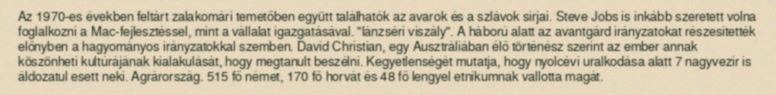
Az 1970-es években feltárt zalakomári temetőben együtt találhatók az avarok és a szlávok sírjai. Steve Jobs is inkább szeretett volna foglalkozni a Mac-fejlesztéssel, mint a vállalat igazgatásával. "lánzséri viszály". A háború alatt az avantgárd irányzatokat részesítették előnyben a hagyományos irányzatokkal szemben. David Christian, egy Ausztráliában élő történész szerint az ember annak köszönheti kultúrájának kialakulását, hogy megtanult beszélni. Kegyetlenségét mutatja, hogy nyolcévi uralkodása alatt 7 nagyvezír is áldozatul esett neki. Agrárország. 515 fő német, 170 fő horvát és 48 fő lengyel etnikumnak vallotta magát.